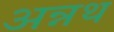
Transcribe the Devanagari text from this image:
अन्नथ